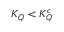
K _ { Q } < K _ { Q } ^ { c }